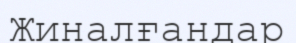
Жиналғандар